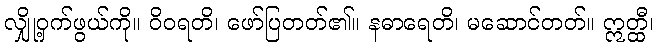
လျှို့ဝှက်ဖွယ်ကို။ ဝိဝရတိ၊ ဖော်ပြတတ်၏။ နဓာရေတိ၊ မဆောင်တတ်။ ဣတ္ထီ၊